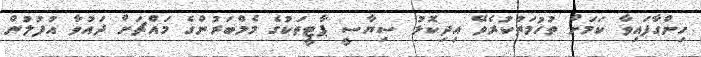
ހިންގާފައިވާ ކަމަށް ތުހުމަތުކުރެވޭ އިދިކޮޅު ސިޔާސީ ޕާޓީތަކުގެ މެމްބަރުންގެ މައްޗަށް ދައުވާ އުފުލުން